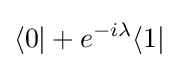
\langle 0|+e^{-i\lambda }\langle 1|